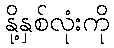
နို့နှစ်လုံးကို